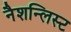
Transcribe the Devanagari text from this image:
नैशन्लिस्ट